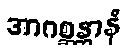
အာဂစ္ဆန္တာနံ